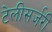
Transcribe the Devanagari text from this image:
टेलीसर्जरी